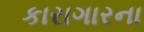
કારાગારના